Tezpur Lunatic Asylum reports 1895-1904 - 1895-1904
Year: 1895
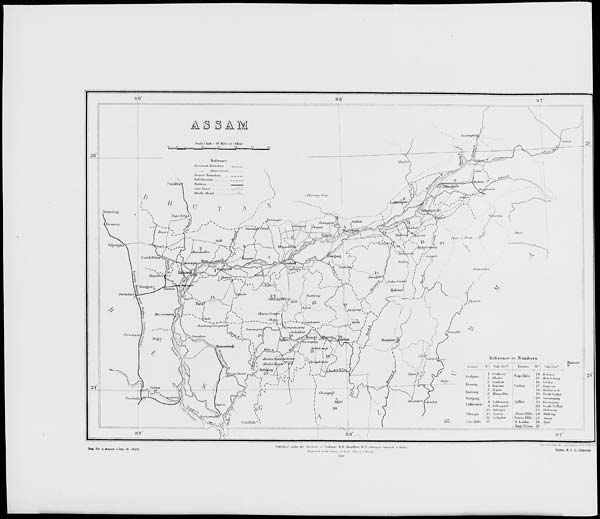
District
N " Sill, |),v"
District
I
!
Siil, Lhv"
Goaljuuii
f 1 CoaJpam
Dhlbri
Nds« Ilills
ii
. is
KoKuiut
Maiokrhang
k,,,,,,,,,
OauhaH
Hi Sllohar
•1 Barptta
Cacliai'
17 Giuijonq
DaiTimg
I.I Hailakapdi
6 Mangaldm
111 Wavtk -Sv//„.
Snwoiuijt
21) Siuutmgatu
II LuMumpur
S.vllii't
Li,kl " ll 'l""
B Dihrugarh
22 Snutl, Svttw
III Sibtagal
2.1 ll,,!.,,,.,,,,
SiWagur
II Jorhat
Khasi Hills 124 ShiUung
12 OaLlffluU
l.liillilia llillsl[25 .Wui
GuiiiUiUn
1.1
I N l.usluu
26 («,w
I Naga-lVibea 27
Reg. No. b, Ahsum-Jurj. it). -8,000
l;.l.l.,l,..l !..../.»■ l/n- .Iu::-I..;, ■■! (,,l„,,,l 11 H I I,, 1, 11, r, , II K ,.V,„
fcVifli- I "i (Ax h'uiv^i ol'Ituliti <</>;..■<, r.,/.„,/.,
Litho.,3. I, O.. Calcutta